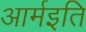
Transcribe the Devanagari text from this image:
आर्मइति